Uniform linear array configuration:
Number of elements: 16
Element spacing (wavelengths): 1
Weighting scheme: binomial
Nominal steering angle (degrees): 30
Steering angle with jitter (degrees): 28.169
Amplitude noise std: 0.05
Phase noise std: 0.05

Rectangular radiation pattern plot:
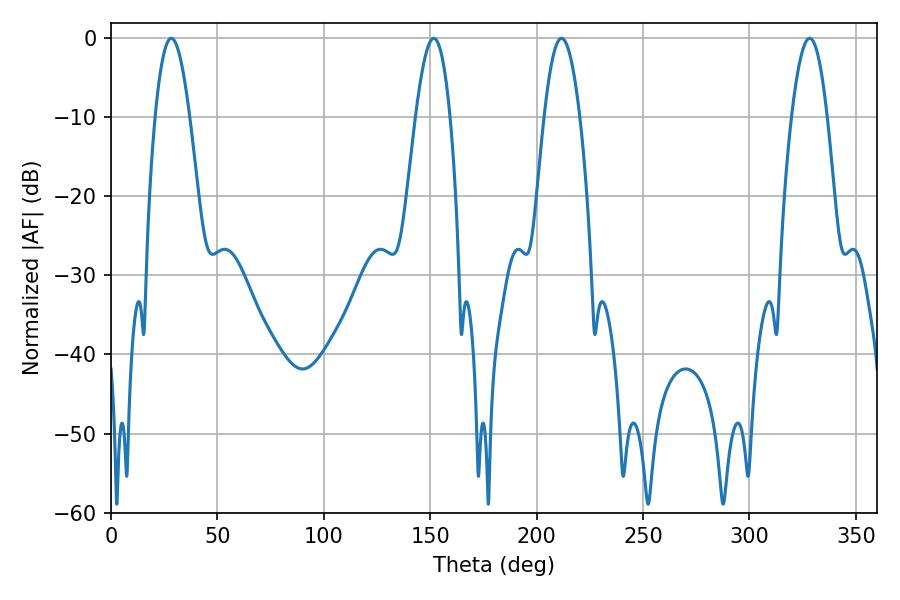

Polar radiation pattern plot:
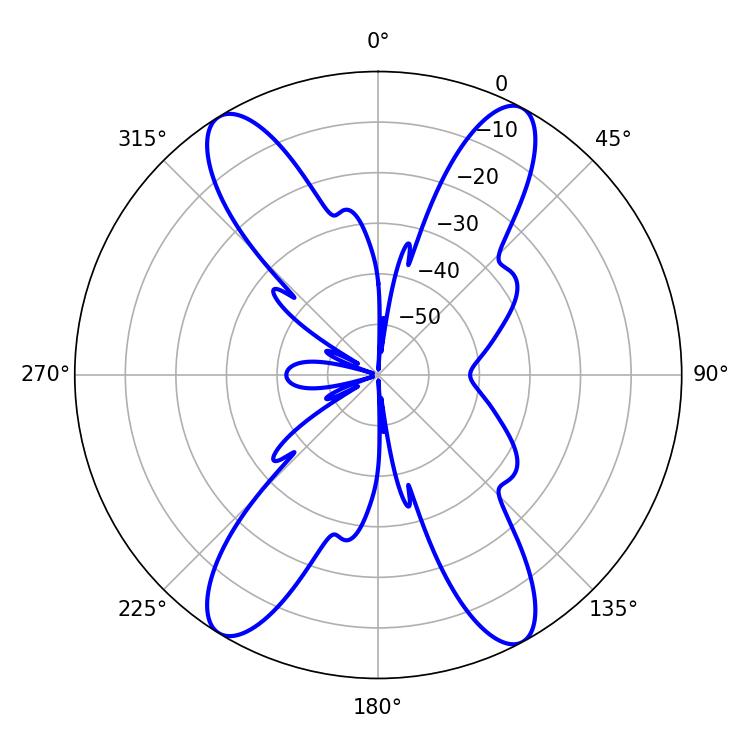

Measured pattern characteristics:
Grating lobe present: TRUE
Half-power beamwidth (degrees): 9.18
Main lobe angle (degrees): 211.68